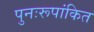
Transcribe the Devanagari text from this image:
पुनःरूपांकित